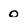
Character: O